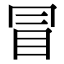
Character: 冒